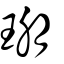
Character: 㻚